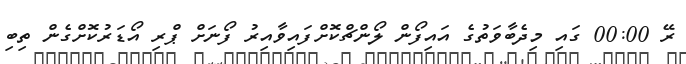
ރޭ 00:00 ގައި މިދެބާވަތުގެ އައިފޯން ލޯންޗްކޮށްފައިވާއިރު ފޯނަށް ޕްރި އޯޑަރުކޮށްގެން ތިބި